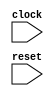
module behavioral_block (
    input wire clock,
    input wire reset,
    // other input and output ports here
);

always @(posedge clock or negedge reset) begin
    // Define specific behavior or actions here
end

// Other module code here (such as signal declarations, logic operations, etc.)

endmodule